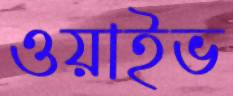
ওয়াইভ